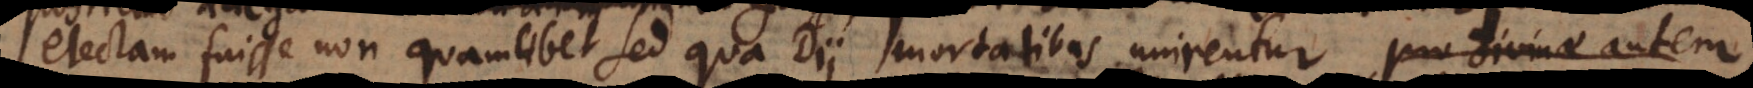
electam fuisse non quamlibet sed qua Dii mortalibus unirentur, pro divinae autem,